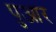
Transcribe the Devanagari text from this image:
पुआर